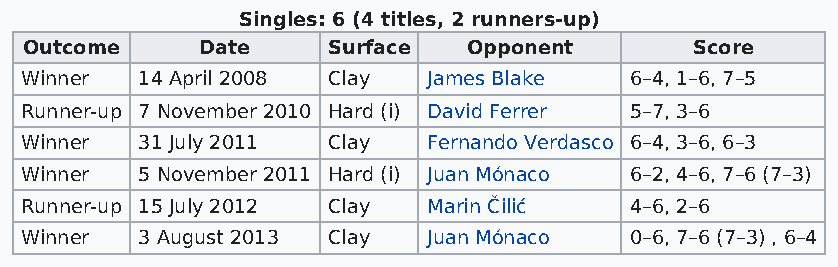
Singles: 6 (4 titles, 2 runners-up)
 Outcome    Date     Surface  Opponent       Score
 Winner  14 April 2008 Clay James Blake   6–4, 1–6, 7–5
 Runner-up 7 November 2010 Hard (i) David Ferrer 5–7, 3–6
 Winner  31 July 2011 Clay  Fernando Verdasco 6–4, 3–6, 6–3
 Winner  5 November 2011 Hard (i) Juan Mónaco 6–2, 4–6, 7–6 (7–3)
 Runner-up 15 July 2012 Clay Marin Čilić  4–6, 2–6
 Winner  3 August 2013 Clay Juan Mónaco   0–6, 7–6 (7–3) , 6–4